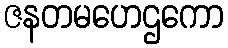
ဇနတမဟေဌကော